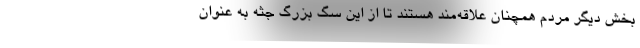
بخش دیگر مردم همچنان علاقه‌مند هستند تا از این سگ بزرگ جثه به عنوان